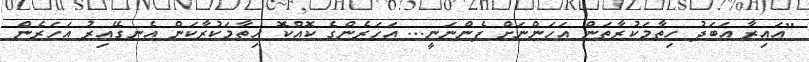
"އައިރާ އަބަދު ހިތާމަކުރާތަން އަހަންނަށް ފެންނަނީ... އަހަރެންގެ ކޮއްކޮ ހިތާމަކުރާކަން އެނގޭއިރު އަހަރެން